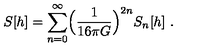
S [ h ] = \sum _ { n = 0 } ^ { \infty } \Bigl ( \frac { 1 } { 1 6 \pi G } \Bigr ) ^ { 2 n } S _ { n } [ h ] \ .